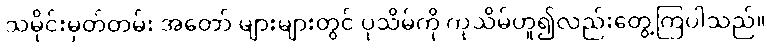
သမိုင်းမှတ်တမ်း အတော် များများတွင် ပုသိမ်ကို ကုသိမ်ဟူ၍လည်းတွေ့ကြပါသည်။